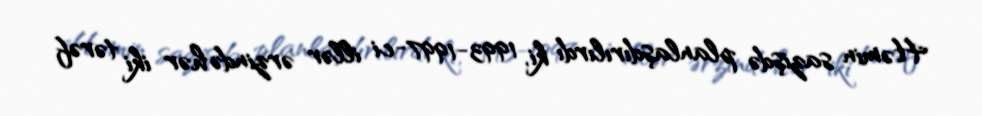
Həmin sazişdə planlaşdırılırdı ki, 1993-1997-ci illər ərzində hər iki tərəf